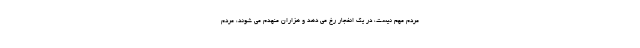
مردم مهم نیست، در یک انفجار رخ می دهد و هزاران منهدم می شوند، مردم